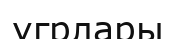
угрлары